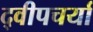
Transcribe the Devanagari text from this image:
द्वीपचर्या